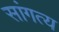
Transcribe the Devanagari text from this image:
सांगत्य